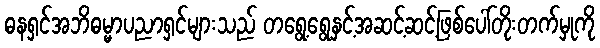
ဓနရှင်အဘိဓမ္မာပညာရှင်များသည် တရွေ့ရွေနှင့်အဆင့်ဆင့်ဖြစ်ပေါ်တိုးတက်မှုကို